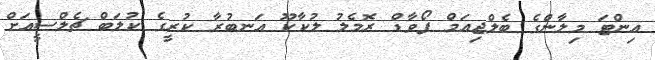
އިންޓަ މިލާންގެ ބެލްޖިއަމް ފޯވާޑް ރޮމެލު ލުކާކޫ އަނބުރާ ކުރީގެ ކުލަބް ޗެލްސީއަށް